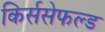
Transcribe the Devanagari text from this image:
किर्ससेफल्ड